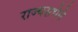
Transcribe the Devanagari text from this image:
राज्यसभेने